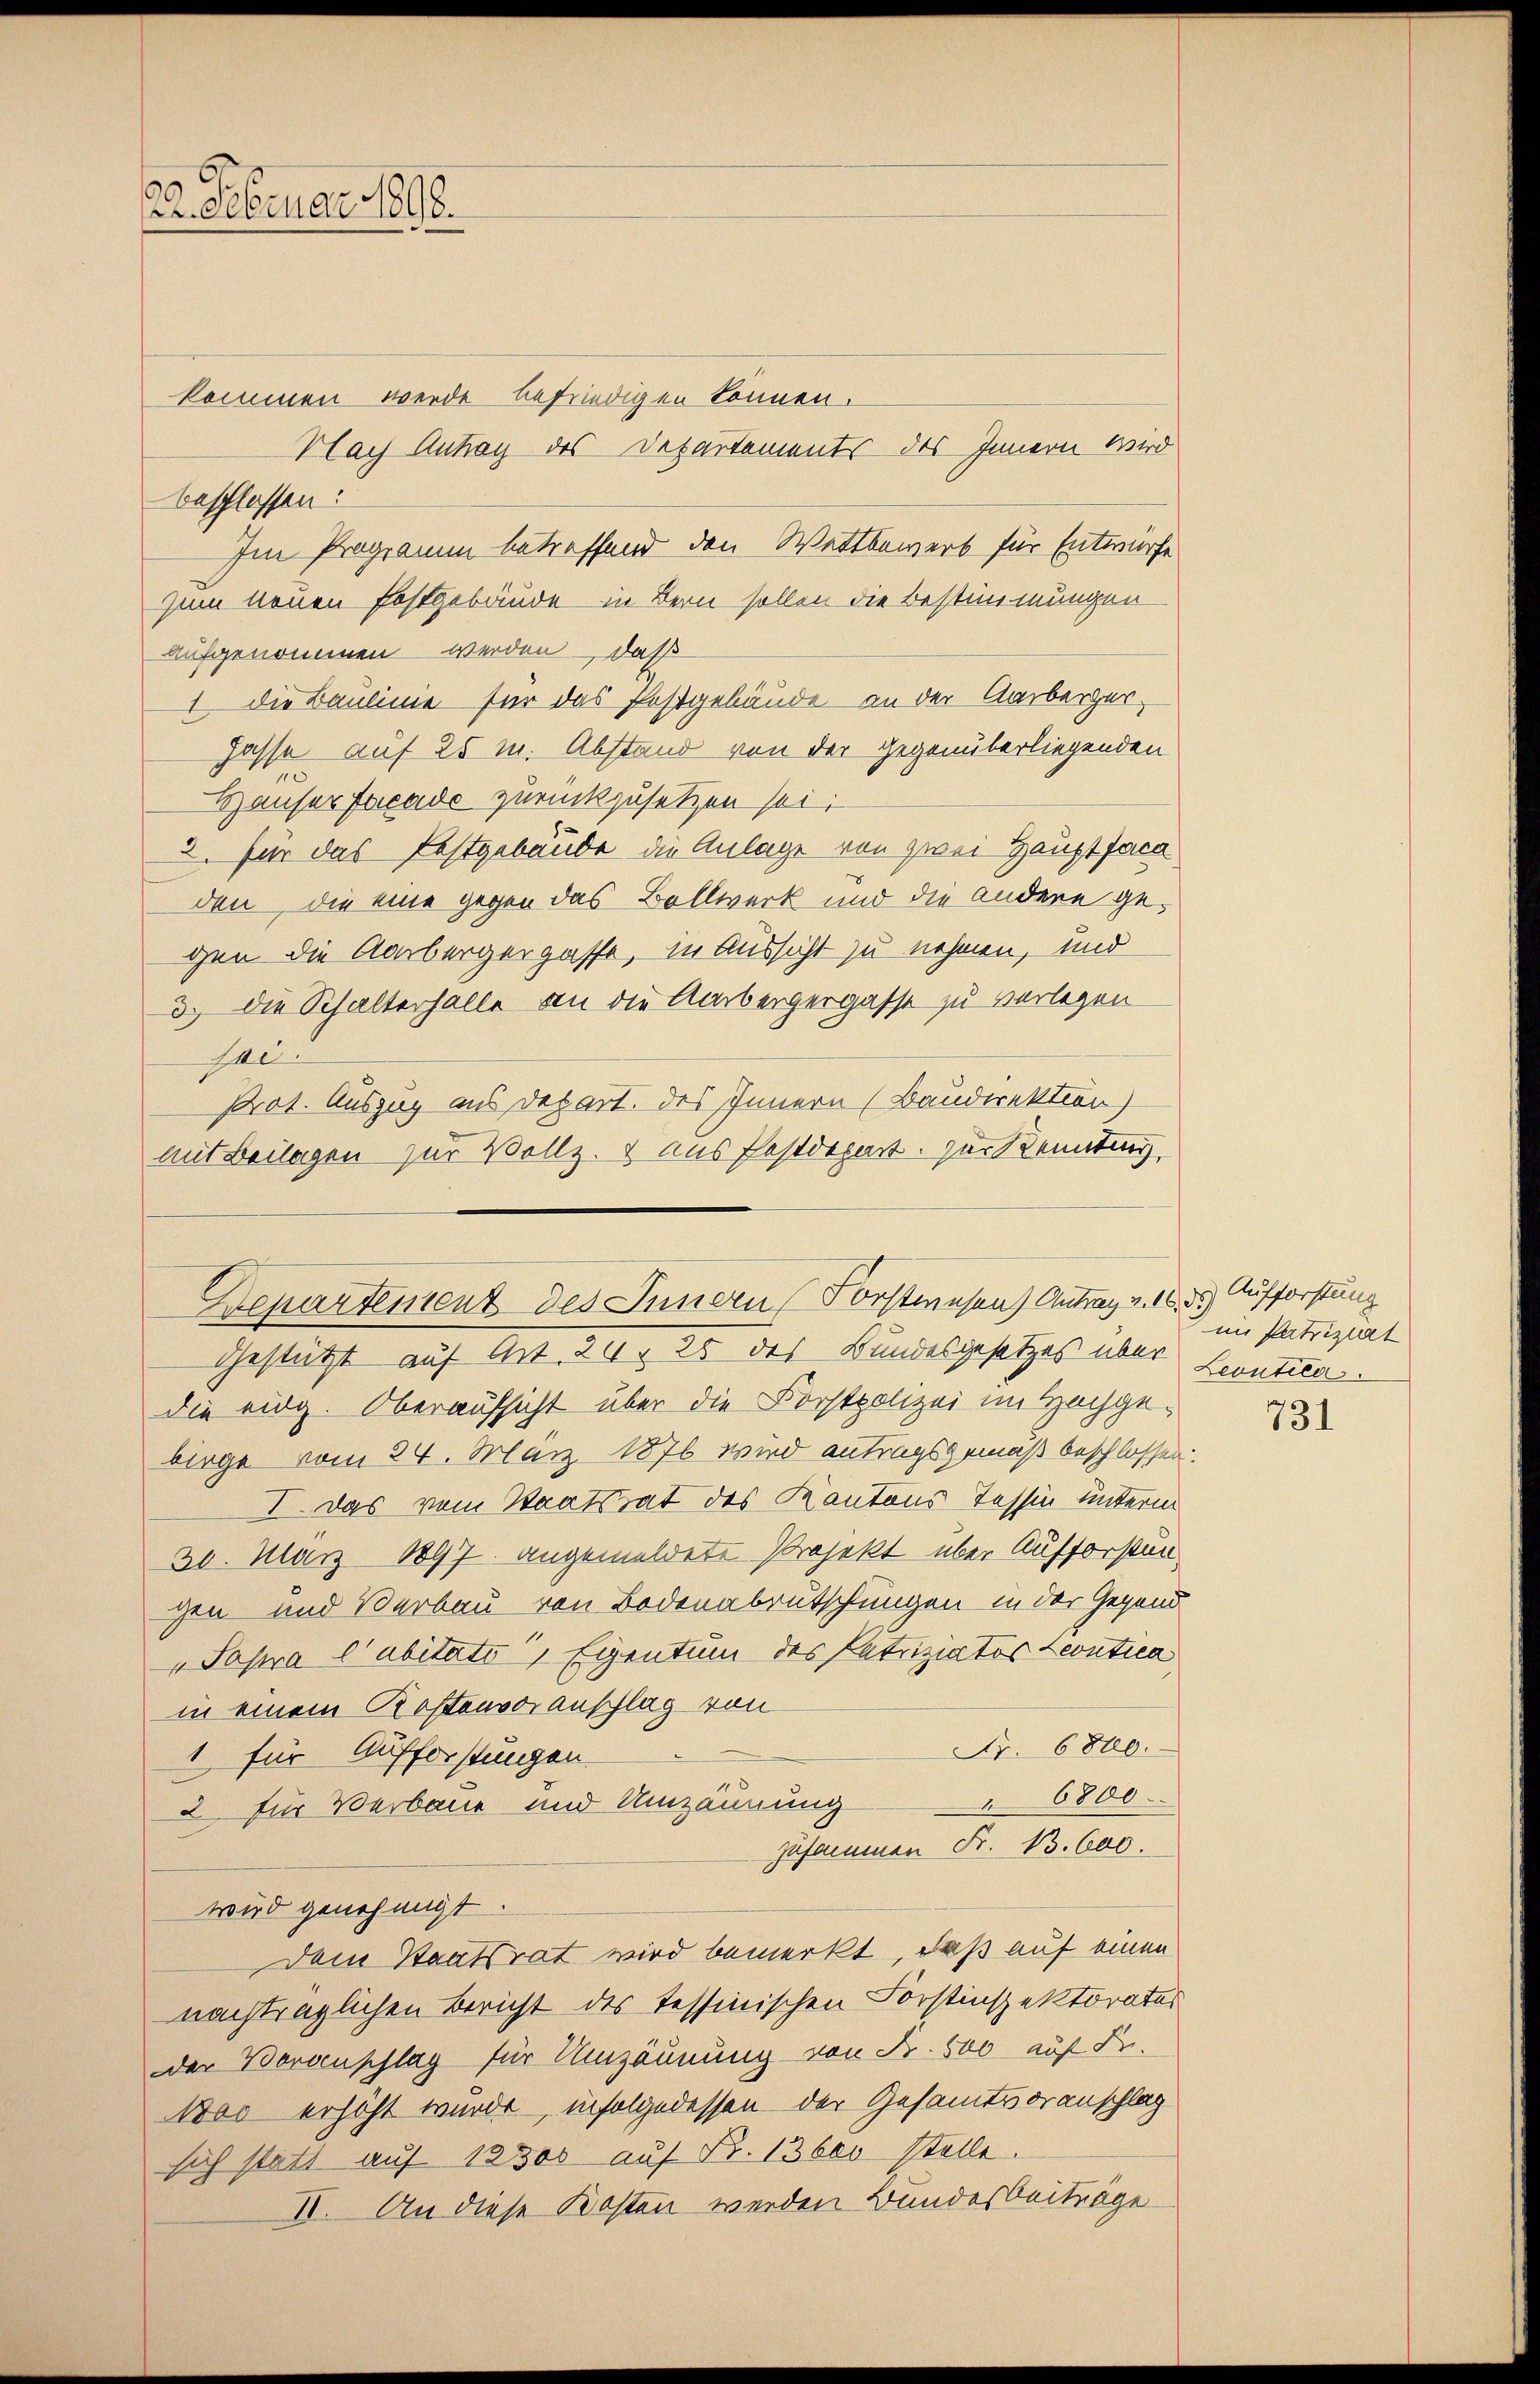
kommen werde befriedigen können.
Nach Antrag des Departements des Innern wird
aufgenommen werden, daß
1 die Baulinie für das Festgebäude an der Aarbergerhasse auf 25 m. Abstand von der Gegenüberliegenden
Hauser Facade zurückzusetzen sei;
2. für das Festgebäude die Anlage von zwei Hauptfaca
den, die eine gegen das Bollwerk und die andere gegen die Aarbergergasse, in Aussicht zu nehmen, und
3.) Die Schalterhalle an die Aarbergergasse zu verlegen
se.
Prat. Auszug aus Depart. des Innern (Baudirektion)
mit Beilagen zur Vollz. & aus Postdepart. zur Kennting

122. Februar 1896.

beschlossen:

Im Programm betreffend den Wattbewerb für Entwürfe

Gestützt auf Art. 24, 25 des Bundesgesetzes über Leontica
die eidg. Oberaufsicht über die Forstpolizei im Hochgebirge vom 24. März 1876 wird antragsgemäß beschlossen.
I. Das vom Staatsrat des Kantons Tessin unterm
30. März 1897. angemeldete Projekt über Aufforstungen und Verbau von Bodenabrutschungen in der Gegend
"Papra l’abitato, Eigentum des Patriziatos Leontica
in einem Kostenvoranschlag von
Fr. 6800.
1 für Aufforstungen
6800.
2 für Verbaue und Umzäunung
zusammen Fr. 13. 600.
wird genehmigt.
Dem Staatsrat wird bemerkt, daß auf einen
nachträglichen Bericht des Tessinischen Forstinspektorates
der Beranpflag für Umzäunung von Fr. 800 auf Fr.
100 erhöht wurde infolge dessen der Gesamtsoranschlag
sich statt auf 12300 auf Fr. 13600 stelle.
II. An diese Kosten werden Bundesbeiträge

zum neuen festgebäude in Bern sollen die Bestimmungen

Departement des Innern Forstwesen) Antrag v. 10. 3) Aufforstung

im Patriziat

731